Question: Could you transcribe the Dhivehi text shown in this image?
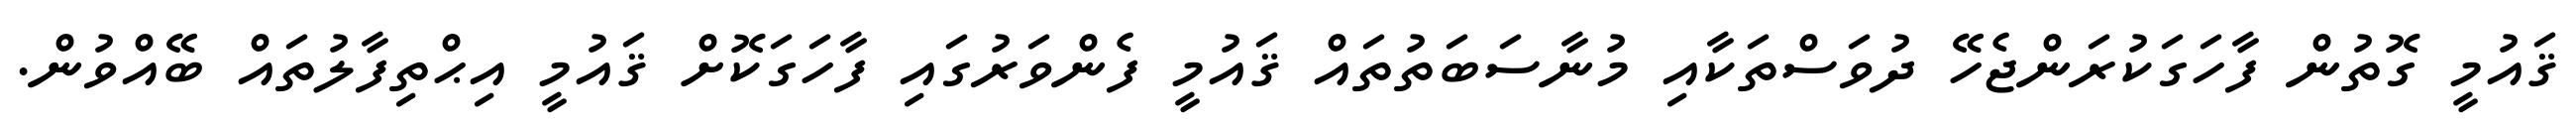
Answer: ޤައުމީ ގޮތުން ފާހަގަކުރަންޖެހޭ ދުވަސްތަކާއި މުނާސަބަތުތައް ޤައުމީ ފެންވަރުގައި ފާހަގަކޮށް ޤައުމީ އިޙްތިފާލުތައް ބޭއްވުން.